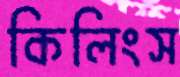
কিলিংস